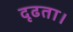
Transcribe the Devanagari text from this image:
दृढता।